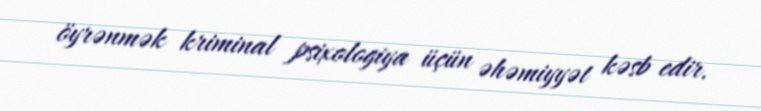
öyrənmək kriminal psixologiya üçün əhəmiyyət kəsb edir.